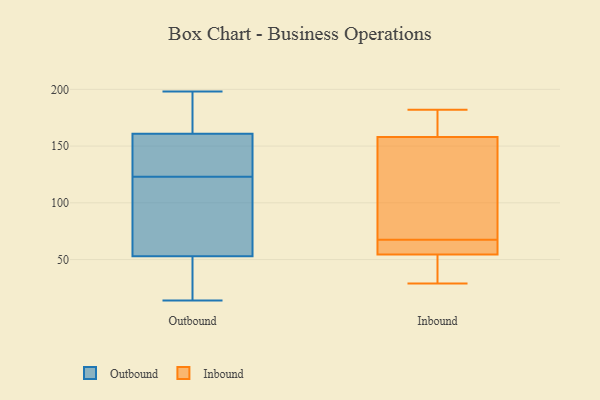
{"axis": {"x": "Active Users", "y": "Value"}, "legend": ["Inbound", "Outbound"], "data": [{"x": "", "y": 14, "type": "Outbound"}, {"x": "", "y": 56, "type": "Outbound"}, {"x": "", "y": 173, "type": "Outbound"}, {"x": "", "y": 18, "type": "Outbound"}, {"x": "", "y": 89, "type": "Outbound"}, {"x": "", "y": 88, "type": "Outbound"}, {"x": "", "y": 163, "type": "Outbound"}, {"x": "", "y": 136, "type": "Outbound"}, {"x": "", "y": 160, "type": "Outbound"}, {"x": "", "y": 123, "type": "Outbound"}, {"x": "", "y": 157, "type": "Outbound"}, {"x": "", "y": 198, "type": "Outbound"}, {"x": "", "y": 44, "type": "Outbound"}, {"x": "", "y": 182, "type": "Inbound"}, {"x": "", "y": 73, "type": "Inbound"}, {"x": "", "y": 48, "type": "Inbound"}, {"x": "", "y": 52, "type": "Inbound"}, {"x": "", "y": 175, "type": "Inbound"}, {"x": "", "y": 57, "type": "Inbound"}, {"x": "", "y": 29, "type": "Inbound"}, {"x": "", "y": 117, "type": "Inbound"}, {"x": "", "y": 181, "type": "Inbound"}, {"x": "", "y": 59, "type": "Inbound"}, {"x": "", "y": 141, "type": "Inbound"}, {"x": "", "y": 62, "type": "Inbound"}]}